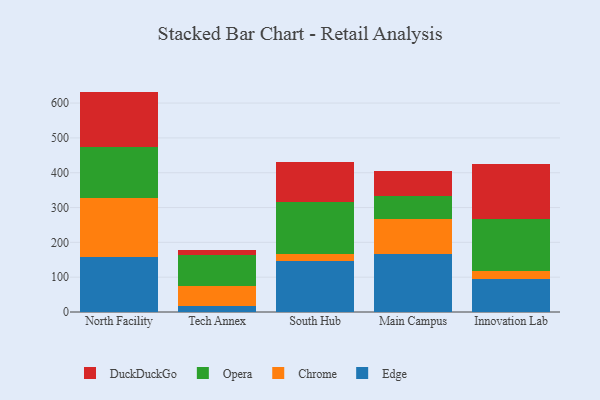
{"axis": {"x": "Campus", "y": "Demand Index"}, "legend": ["Chrome", "DuckDuckGo", "Edge", "Opera"], "data": [{"x": "North Facility", "y": 156.8, "type": "Edge"}, {"x": "North Facility", "y": 169.8, "type": "Chrome"}, {"x": "North Facility", "y": 148.3, "type": "Opera"}, {"x": "North Facility", "y": 158.1, "type": "DuckDuckGo"}, {"x": "Tech Annex", "y": 18.3, "type": "Edge"}, {"x": "Tech Annex", "y": 57.4, "type": "Chrome"}, {"x": "Tech Annex", "y": 87.5, "type": "Opera"}, {"x": "Tech Annex", "y": 15.4, "type": "DuckDuckGo"}, {"x": "South Hub", "y": 145.3, "type": "Edge"}, {"x": "South Hub", "y": 20.7, "type": "Chrome"}, {"x": "South Hub", "y": 151.0, "type": "Opera"}, {"x": "South Hub", "y": 113.4, "type": "DuckDuckGo"}, {"x": "Main Campus", "y": 166.2, "type": "Edge"}, {"x": "Main Campus", "y": 102.1, "type": "Chrome"}, {"x": "Main Campus", "y": 66.3, "type": "Opera"}, {"x": "Main Campus", "y": 70.7, "type": "DuckDuckGo"}, {"x": "Innovation Lab", "y": 95.5, "type": "Edge"}, {"x": "Innovation Lab", "y": 21.1, "type": "Chrome"}, {"x": "Innovation Lab", "y": 151.9, "type": "Opera"}, {"x": "Innovation Lab", "y": 156.1, "type": "DuckDuckGo"}]}